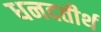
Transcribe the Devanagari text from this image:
धनदतीर्थ